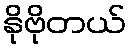
နိုဗိုတယ်